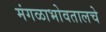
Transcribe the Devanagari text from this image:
मंगळाभोवतालचे